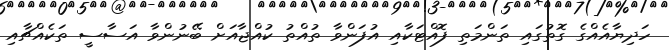
ހަދިޔާއެއްގެ ގޮތުގައި ތަންމަތި ފޮއްޓަކާއި އުފަންވާ ތުއްތު ކުއްޖާއަށް ބޭނުންވާ އަސާސީ ތަކެއްޗާއި